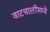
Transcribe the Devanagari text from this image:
वाटचालींमध्ये